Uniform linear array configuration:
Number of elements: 8
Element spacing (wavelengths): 0.25
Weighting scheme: hamming
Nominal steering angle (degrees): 0
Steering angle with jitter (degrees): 0.1195
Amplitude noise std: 0.05
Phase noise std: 0.05

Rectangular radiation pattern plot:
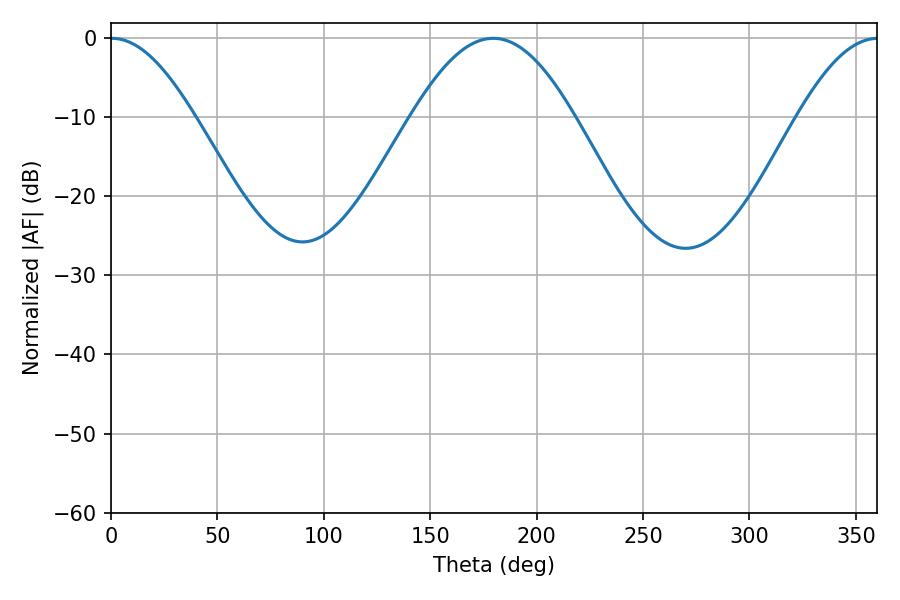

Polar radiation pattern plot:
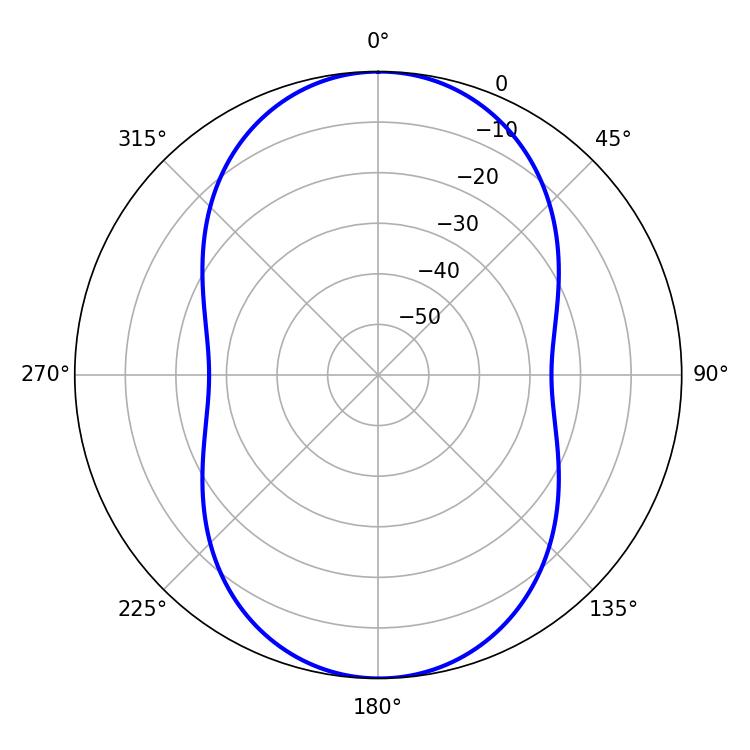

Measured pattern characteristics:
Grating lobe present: FALSE
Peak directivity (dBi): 20.655
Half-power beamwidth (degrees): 21.24
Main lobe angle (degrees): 0.36